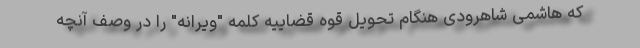
که هاشمی شاهرودی هنگام تحویل قوه قضاییه کلمه "ویرانه" را در وصف آنچه